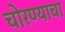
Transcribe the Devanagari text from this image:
चोरण्याचा